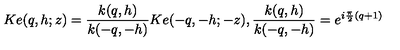
K e ( q , h ; z ) = \frac { k ( q , h ) } { k ( - q , - h ) } K e ( - q , - h ; - z ) , \frac { k ( q , h ) } { k ( - q , - h ) } = e ^ { i \frac { \pi } { 2 } ( q + 1 ) }